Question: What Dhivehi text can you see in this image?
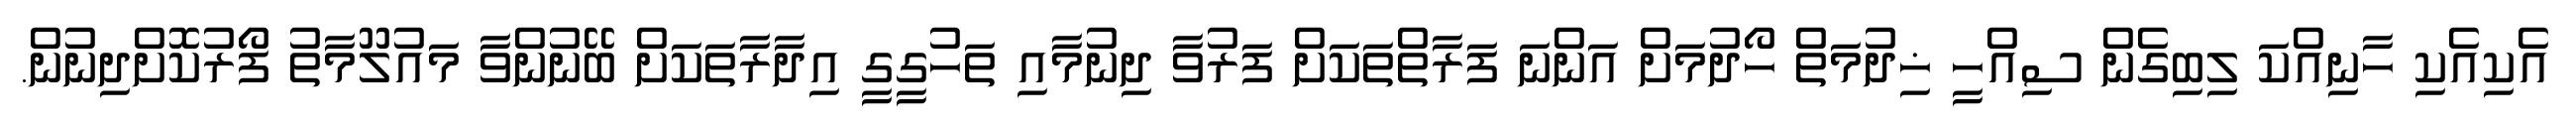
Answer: އެކިއެކި ހާނިއްކަ ލިބިގެން ސިއްހީ ޚިދުމަތް ހޯދުމަށް އަންނަ ފަރާތްތަކަށް ފަރުވާ ދިނުމާއި ތަހުގީގީ އިދާރާތަކަށް ބޭނުންވާ މައުލޫމާތު ފޯރުކޮށްދިނުން.